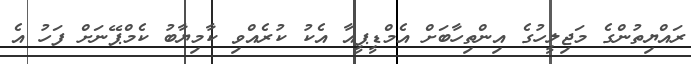
ރައްޔިތުންގެ މަޖިލީހުގެ އިންތިހާބަށް އެމްޑީޕީއާ އެކު ކުރެއްވި ކާމިޔާބު ކެމްޕޭނަށް ފަހު އެ